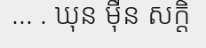
... . ឃុន ម៉ឺន សក្តិ